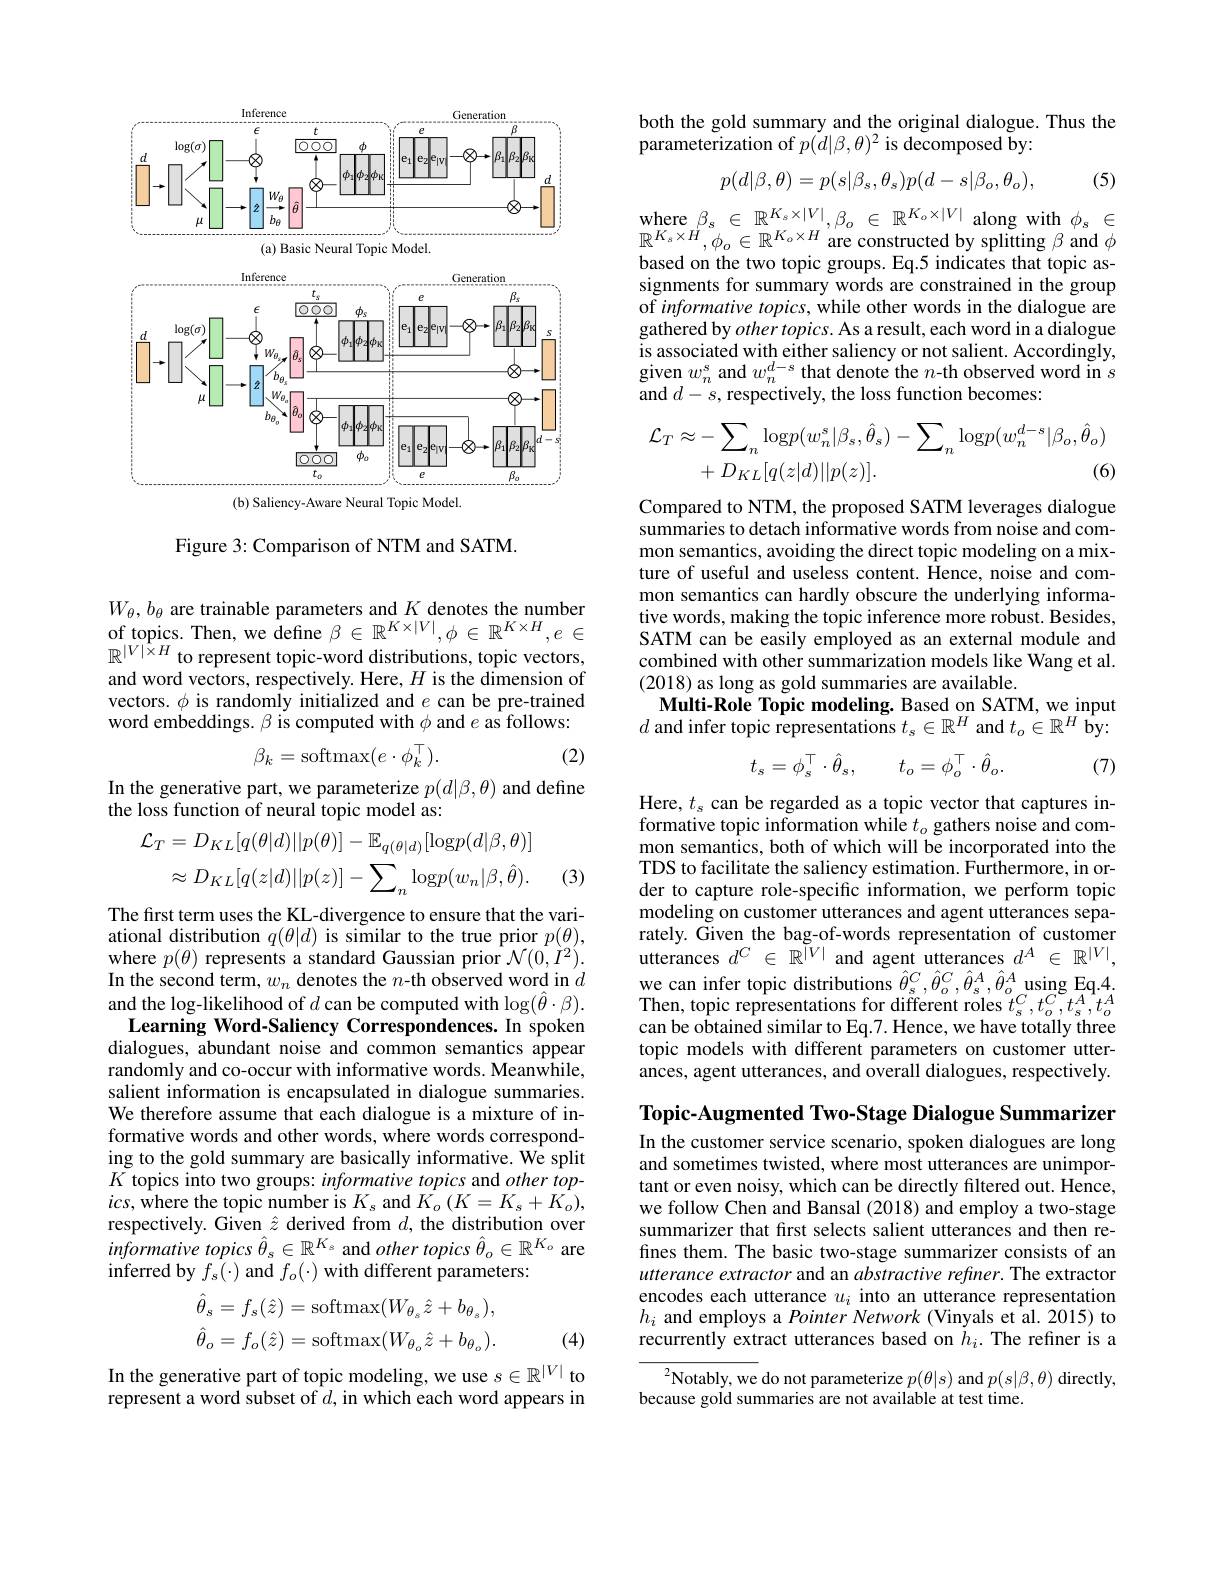
<FigureHere>

Figure 3: Comparison of NTM and SATM.

$W_{\theta},b_{\theta}$ are trainable parameters and $K_{V,V|}$denotes the number $\begin{array}{l}{\mathrm{of~topics.~Then,~we~define~}\beta\in\mathbb{R}^{K\times|V|},\phi\in\mathbb{R}^{K\times H},e\in}\\{\mathbb{R}^{|V|\times H}\text{to represent topic-word distributions, topic vectors,}}\\{\mathrm{and~mord~mord~mortiolu~Hor~}U_{\mathrm{in~th~dim~dim~cin~of~}}}\end{array}$ and word vectors, respectively. Here, $H$ is the dimension of vectors. $\phi$ is randomly initialized and $e$ can be pre-trained word embeddings. $\beta$ is computed with $\phi$ and $e$ as follows:
$$\beta_k=\mathrm{softmax}(e\cdot\phi_k^\top).$$
(2)

In the generative part, we parameterize $p(d|\beta,\theta)$ and define
the loss function of neural topic model as:
$$\mathcal{L}_{T}=D_{KL}[q(\theta|d)||p(\theta)]-\mathbb{E}_{q(\theta|d)}[\mathrm{log}p(d|\beta,\theta)]\\\approx D_{KL}[q(z|d)||p(z)]-\sum_{n}\mathrm{log}p(w_{n}|\beta,\hat{\theta}).$$
(3)

The first term uses the KL-divergence to ensure that the variational distribution $q(\theta|d)$ is similar to the true prior $p(\theta)$, where $p(\theta)$ represents a standard Gaussian prior $\mathcal{N}(0,\dot{I}^{2}).$ In the second term, $w_n$ denotes the $n$-th observed word in $d$ and the log-likelihood of $d$ can be computed with $\log(\hat{\theta}\cdot\beta).$ Learning Word-Saliency Correspondences. In spoken
dialogues, abundant noise and common semantics appear randomly and co-occur with informative words. Meanwhile, salient information is encapsulated in dialogue summaries. We therefore assume that each dialogue is a mixture of informative words and other words, where words corresponding to the gold summary are basically informative. We split $K$ topics into two groups: informative topics and other top- $ics$, where the topic number is $K_{s}$ and $K_{o}\left(K=K_{s}+K_{o}\right)$, respectively. Given $\hat{z}$ derived from $d$, the distribution over $informative\textit{ topics }\hat{\theta } _s\in \mathbb{R} ^{K_s}$ and $other\textit{topics }\hat{\theta } _o\in \mathbb{R} ^{K_o}$ are inferred by $f_{s}( \cdot )$ and $f_o(\cdot)$ with different parameters:
$$\hat{\theta}_{s}=f_{s}(\hat{z})=\mathrm{softmax}(W_{\theta_{s}}\hat{z}+b_{\theta_{s}}),\\\hat{\theta}_{o}=f_{o}(\hat{z})=\mathrm{softmax}(W_{\theta_{o}}\hat{z}+b_{\theta_{o}}).$$
(4)

In the generative part of topic modeling, we use $s\in\mathbb{R}^|V|$ to represent a word subset of $d$, in which each word appears in

## both the gold summary and the original dialogue. Thus the parameterization of $p(d|\beta,\theta)^2$ is decomposed by:
$$p(d|\beta,\theta)=p(s|\beta_s,\theta_s)p(d-s|\beta_o,\theta_o),$$
(5)

$\begin{array}{l}\mathrm{where~}\beta_{s}\in\mathbb{R}^{K_{s}\times|V|},\beta_{o}\in\mathbb{R}^{K_{o}\times|V|}\text{ along with }\phi_{s}\in\\\mathbb{m}K\times H_{o}=\mathbb{m}K\times H\end{array}$ $\mathbb{R}^{K_{s}\times\dot{H}},\phi_{o}\in\mathbb{R}^{K_{o}\times H}$ are constructed by splitting $\beta$ and $\phi$ based on the two topic groups. Eq.5 indicates that topic assignments for summary words are constrained in the group of informative topics, while other words in the dialogue are gathered by other topics. As a result, each word in a dialogue is associated with either saliency or not salient. Accordingly, given $w_n^\mathrm{s}$ and $w_n^d-s$ that denote the $n$-th observed word in $s$ and $d-s$,respectively, the loss function becomes:
$$\mathcal{L}_{T}\approx-\sum_{n}\mathrm{log}p(w_{n}^{s}|\beta_{s},\hat{\theta}_{s})-\sum_{n}\mathrm{log}p(w_{n}^{d-s}|\beta_{o},\hat{\theta}_{o})\\+D_{KL}[q(z|d)||p(z)].\text{(6)}$$
Compared to NTM, the proposed SATM leverages dialogue summaries to detach informative words from noise and common semantics, avoiding the direct topic modeling on a mixture of useful and useless content. Hence, noise and common semantics can hardly obscure the underlying informative words, making the topic inference more robust. Besides, SATM can be easily employed as an external module and combined with other summarization models like Wang et al. (2018) as long as gold summaries are available.
Multi-Role Topic modeling. Based on SATM, we input $d$ and infer topic representations $t_s\in\mathbb{R}^H$ and $t_o\in\mathbb{R}^H$ by:
$$t_{s}=\phi_{s}^{\top}\cdot\hat{\theta}_{s},\quad t_{o}=\phi_{o}^{\top}\cdot\hat{\theta}_{o}.$$
(7)

Here, $t_s$ can be regarded as a topic vector that captures informative topic information while $t_o$ gathers noise and common semantics, both of which will be incorporated into the TDS to facilitate the saliency estimation. Furthermore, in order to capture role-specific information, we perform topic modeling on customer utterances and agent utterances separately. Given the bag-of-words representation of customer utterances $d^C\in\mathbb{R}^{|V|}$ and agent utterances $d^A\in\mathbb{R}^|V|$, we can infer topic distributions $\hat{\theta}_{s}^{C},\hat{\theta}_{o}^{C},\hat{\theta}_{s}^{A},\hat{\theta}_{o}^{A}$ using Eq.4. Then, topic representations for different roles $t_s^C,t_o^C,t_s^A,t_o^A$ can be obtained similar to Eq.7. Hence, we have totally three topic models with different parameters on customer utterances, agent utterances, and overall dialogues, respectively.

Topic-Augmented Two-Stage Dialogue Summarizer

In the customer service scenario, spoken dialogues are long and sometimes twisted, where most utterances are unimportant or even noisy, which can be directly filtered out. Hence, we follow Chen and Bansal (2018) and employ a two-stage summarizer that frst selects salient utterances and then refines them. The basic two-stage summarizer consists of an utterance extractor and an abstractive refiner. The extractor encodes each utterance $u_i$ into an utterance representation $h_i$ and employs a Pointer Network (Vinyals et al. 2015) to recurrently extract utterances based on $h_i.$ The refiner is a

$^{2}$Notably, we do not parameterize $p(\theta|s)$ and $p(s|\beta,\theta)$ directly,
because gold summaries are not available at test time.